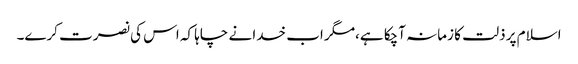
اسلام پر ذلت کا زمانہ آچکا ہے،مگر اب خدا نے چاہا کہ اس کی نصرت کرے۔